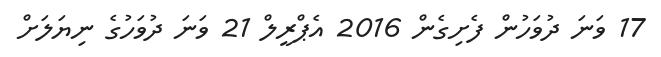
17 ވަނަ ދުވަހުން ފެށިގެން 2016 އެޕްރީލް 21 ވަނަ ދުވަހުގެ ނިޔަލަށް